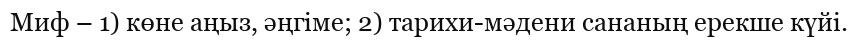
Миф – 1) көне аңыз, әңгіме; 2) тарихи-мәдени сананың ерекше күйі.